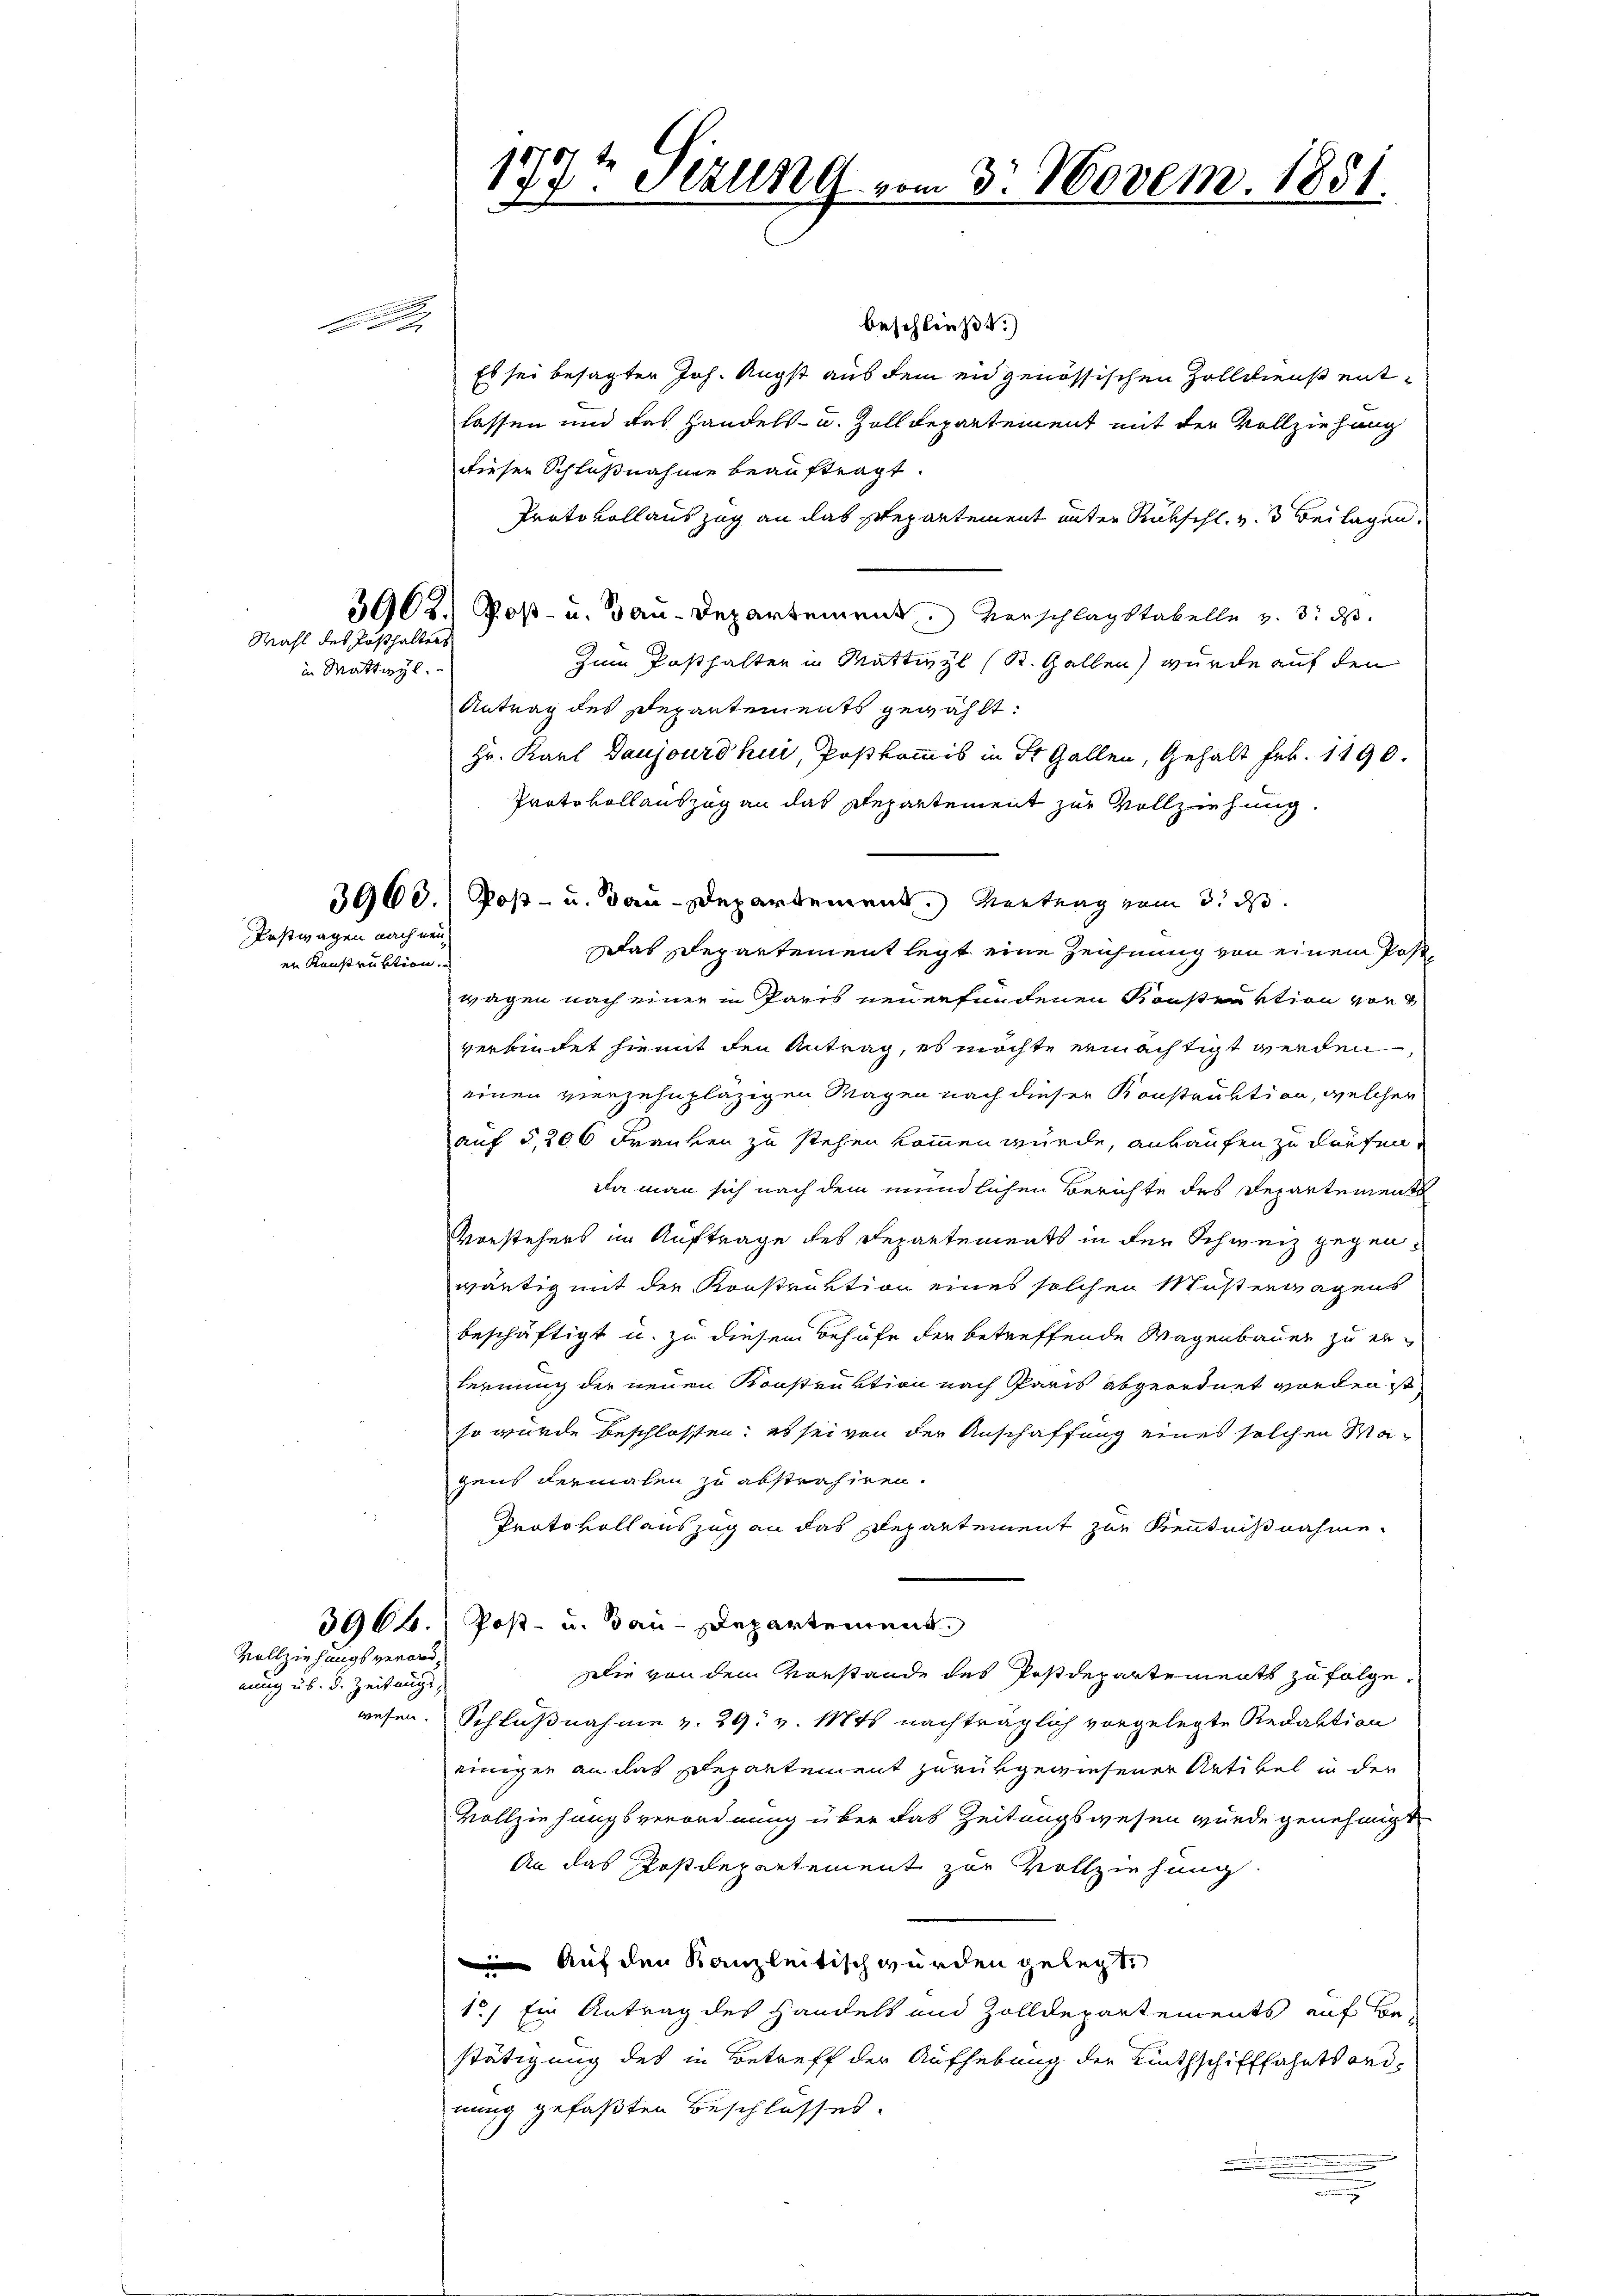
122.

in Wattwyl.

Mahl des Posthalters

Postwagen nach neuer Konstruktion.

Vollziehungsverordeinig üb. d. Zeitungs¬

beschließt:
Es sei besagter Joh. Angst aus dem in genössischen Zolldienst entlassen und das Handels- u. Zolldepartement mit der Vollziehung
dieser Schlußnahme beauftragt.
Protokollauszug an das Departement unter Rückschl. v. Beilagen.
3962.) Post- u. Bau-Departement. Verschlagstabelle v. 3. ds.
Zum Posthalter in Mattivzl (St. Gallen wurde auf den
Antrag des Departements gewählt:
Hr. Karl Daujourdhur, Postkommis in St. Gallen, Gehalt Frk. 1890.
Protokoll auszug an das Departement zur Vollziehung.
3900.) Post- u. Bau-Departement.) Vertrag vom 3. ds.
Das Departement legt eine Zeichnung von einem Postwagen nach einer in Paris neuerfundenen Konstration vorverbindet hiemit den Antrag, es möchte ermächtigt werden,
einen vierzehnpläzigen Magen nach dieser Konstruktion, welcher
auf § 206 Franken zu stehen kommen würde, ankaufen zu dürfen.
Da man sich nach dem mündlichen Berichte des Departement
Vorstehers im Auftrage des Departements in der Schweiz gegenwärtig mit der Konstraktion eines solchen Musterwagens
beschäftigt u. zu diesem Behufe der betreffende Wagenbauen zu erlernung der neuen Konstruktion nach Paris abgeordnet worden ist
so wurde beschlossen; es sei von der Anschaffung eines solchen Magens dermalen zu abstrahiren.
Protokoll auszug an das Departement zur Kenntnißnahme
3966. Post- u. dan-Departement
Die von dem Vorstande des Postdepartements zu folge.
wesen. Schlußnahme v. 29. v. Mts. nachträglich vorgelegte Redaktion
einiger an das Departement zurükgewiesener Artikel in der
Vollziehungsverordnung über das Zeitungswesen wurde genehmigt
An das Postdepartement zur Vollziehung
Auf den Kanzleitisch wurden gelegt.
1.) Ein Antrag des Handels und Zolldepartements auf Be
stätigung des in Betreff der Aufhebung der Linthschifffahrtsord-
nung gefaßten Beschlosses.
n

177t Sizung vom 3. Novem. 1851